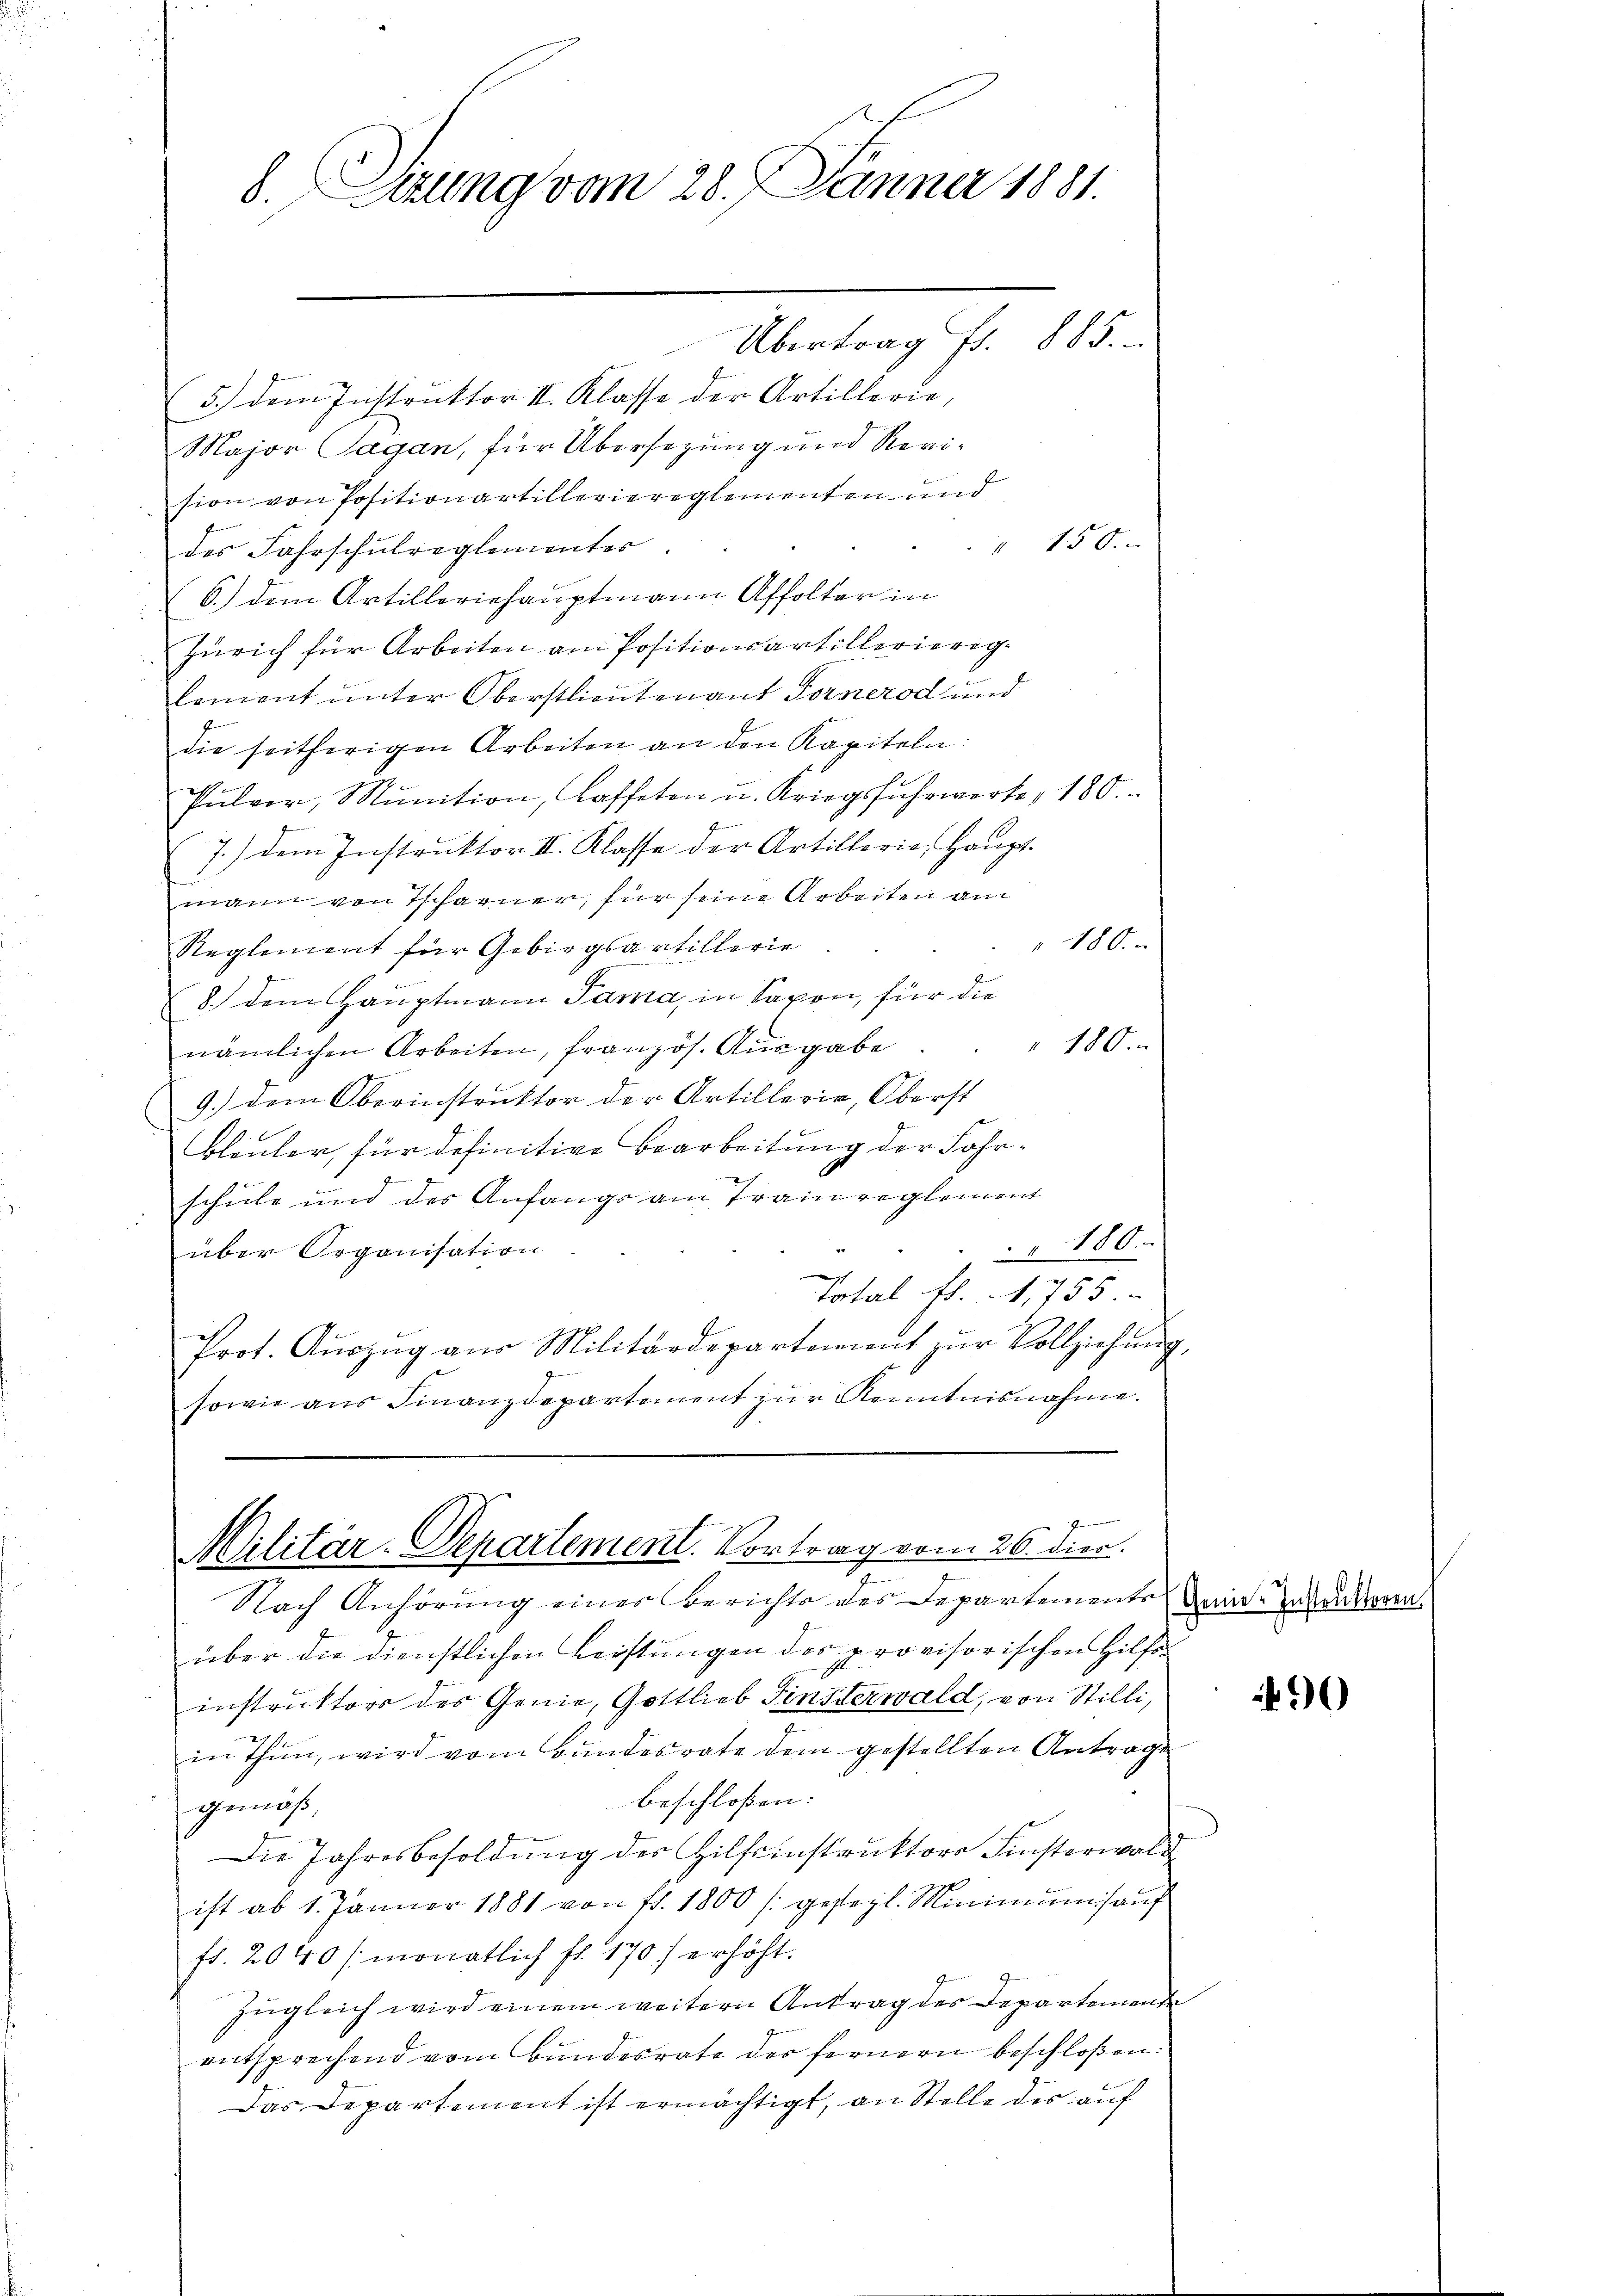
5.) dem Instruktor II. Klasse der Artillerie,
Major Sagan, für Übersezung und Revision von Positionartilleriereglementen und
 150.
des Fahrschulreglementer
6.) Dem Artilleriehauptmann Affolter in
Zürich für Arbeiten am Positionsartillerierig¬
Coment unter Oberstlieutenant Fornerod und
die seitherigen Arbeiten an den Kapiteln:
Pulver, Munition, Caffeten u. Kriegsfuhrwerte, 180.
7) dem Instruktor II. Klasse der Artillerie Hauptmann von Tscharner, für seine Arbeiten am
180.
Reglement für Gebirgsartillerie
8.) Dem Hauptmann Sama, in Saxon, für die
180.
nämlichen Arbeiten, französ. Ausgabe
9.) dem Oberinstruktor der Artillerie, Oberst
Bleuler, für definitive Bearbeitung der Fahrschule und des Anfangs am Train reglement
180.
über Organisation
Total fl. 1,755
Prot. Auszug aus Militärdepartement zur Vollziehung,
sowie aus Finanzdepartement zur Kenntnisnahme.

8.Szung vom 28. Jänner 1881.
Übertrag Fr. 885.

Nach Anhörung einer Berichts des Departements den anderen
über die dienstlichen Leistungen des provisorischen Hilfo
instruktors des Genie, Gottlieb Finsterwald, von Stilli,
in Thun, wird vom Bundesrate dem gestellten Antrage
beschloßen:
gemäß,
Die Jahresbesoldung des Hilfsinstruktors Finsterwald
ist ab 1. Jänner 1881 von fr. 1800 / gesezl. Minimŭmsaŭf
fr. 2040 / monatlich fr. 170) erhöht.
zugleich wird einem weitern Antrag des Departemente
entsprechend vom Bundesrate der fernern beschloßen:
Das Departement ist ermächtigt, an Stelle des auf

f
Militär-Departement. Vortrag vom 26. dier.

30